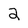
Character: 2